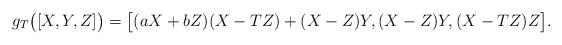
LaTeX: \begin{align*} g_T\bigl([X,Y,Z]\bigr) = \bigl[ (aX+bZ)(X-TZ)+(X-Z)Y,(X-Z)Y,(X-TZ)Z \bigr].\end{align*}